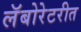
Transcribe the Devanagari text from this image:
लॅबोरेटरीत